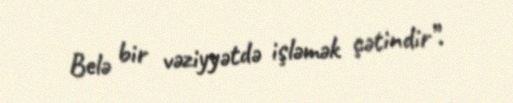
Belə bir vəziyyətdə işləmək çətindir”.